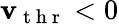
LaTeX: \mathbf{v}_{\mathrm{{~t~h~r~}}}<0